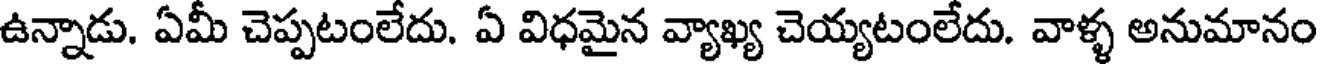
ఉన్నాడు. ఏమీ చెప్పటంలేదు. ఏ విధమైన వ్యాఖ్య చెయ్యటంలేదు. వాళ్ళ అనుమానం